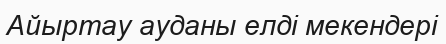
Айыртау ауданы елді мекендері